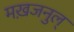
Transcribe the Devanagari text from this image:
मख़जनुल्